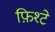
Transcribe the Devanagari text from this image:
फ़िश्टे